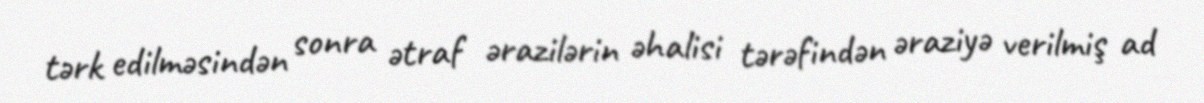
tərk edilməsindən sonra ətraf ərazilərin əhalisi tərəfindən əraziyə verilmiş ad